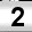
Digit: 2